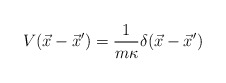
\begin{align*}V(\vec{x}-\vec{x}^\prime )={1\over m\kappa} \delta(\vec{x}-\vec{x}^\prime )\end{align*}